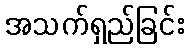
အသက်ရှည်ခြင်း